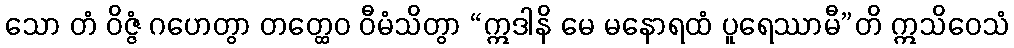
သော တံ ဝိဇ္ဇံ ဂဟေတွာ တတ္ထေဝ ဝီမံသိတွာ “ဣဒါနိ မေ မနောရထံ ပူရေဿာမီ”တိ ဣသိဝေသံ